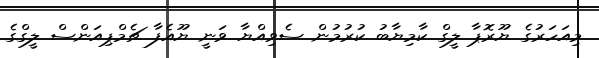
މިއަހަރުގެ ޔޫރޮޕާ ލީގް ކާމިޔާބު ކުރުމުން ސެވިއްޔާ ވަނީ ޔޫއެފާ ޗެމްޕިއަންސް ލީގްގެ